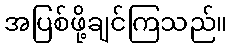
အပြစ်ဖို့ချင်ကြသည်။